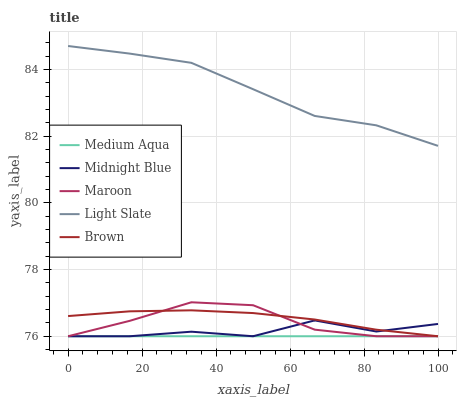
| xaxis_label | Medium Aqua | Midnight Blue | Maroon | Light Slate | Brown |
 | --- | --- | --- | --- | --- | --- |
 | 0 | 76 | 76 | 76 | 84.7 | 76.6 |
 | 16.7 | 76 | 76 | 76.5 | 84.5 | 76.7 |
 | 33.3 | 76 | 76.1 | 77 | 84.2 | 76.8 |
 | 50 | 76 | 76 | 76.9 | 83.4 | 76.7 |
 | 66.7 | 76 | 76.5 | 76.2 | 82.6 | 76.5 |
 | 83.3 | 76 | 76.1 | 76 | 82.3 | 76.2 |
 | 100 | 76 | 76.4 | 76 | 81.7 | 76 |